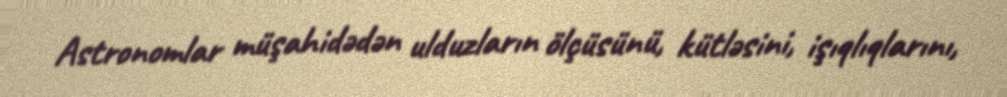
Astronomlar müşahidədən ulduzların ölçüsünü, kütləsini, işıqlıqlarını,